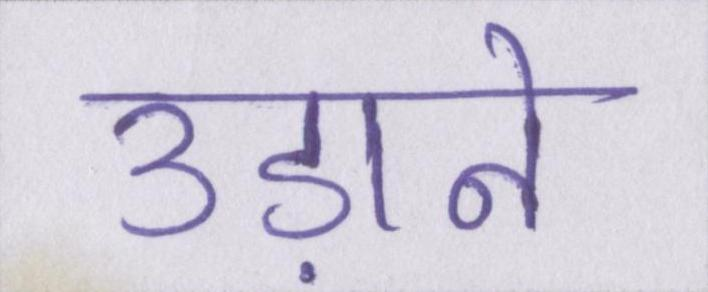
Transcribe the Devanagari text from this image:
उड़ाने